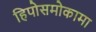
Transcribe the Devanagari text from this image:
हिपोसमोकामा